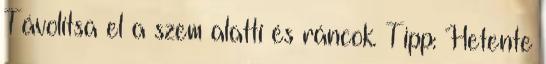
Távolítsa el a szem alatti és ráncok. Tipp: Hetente